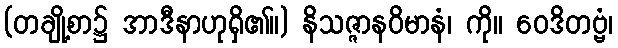
(တချို့စာ၌ အာဒီနာဟုရှိ၏။) နိသဇ္ဇာနဝိမာနံ၊ ကို။ ဝေဒိတဗ္ဗံ၊